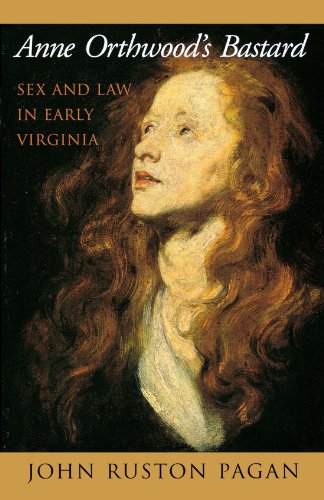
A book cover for Anne Orthwood's Bastard: Sex and Law in Early Virginia; John Ruston Pagan; Law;